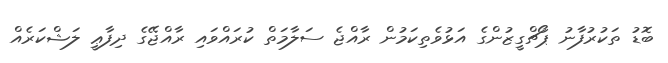
ބޮޑު ތަކުރުފާނު ޕޯޗްގީޒުންގެ އަޅުވެތިކަމުން ރާއްޖެ ސަލާމަތް ކުރައްވައި ރާއްޖޭގެ ދިފާޢީ ލަޝްކަރެއް